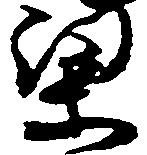
梁